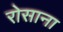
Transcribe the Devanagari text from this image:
रोसाना